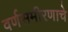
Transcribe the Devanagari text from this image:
वर्णसमीरणाचे